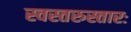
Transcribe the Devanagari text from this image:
स्वस्तरुस्तारः